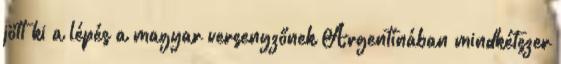
jött ki a lépés a magyar versenyzőnek Argentínában mindkétszer